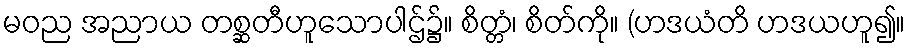
မဝည အညာယ တစ္ဆတီဟူသောပါဌ်၌။ စိတ္တံ၊ စိတ်ကို။ (ဟဒယံတိ ဟဒယဟူ၍။